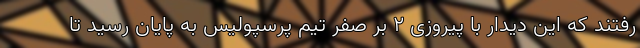
رفتند که این دیدار با پیروزی 2 بر صفر تیم پرسپولیس به پایان رسید تا